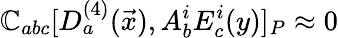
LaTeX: {\cal\mathbb{C}}_{abc}[D_{a}^{(4)}(\vec{{x}}),A_{b}^{i}E_{c}^{i}(y)]_{P}\approx0